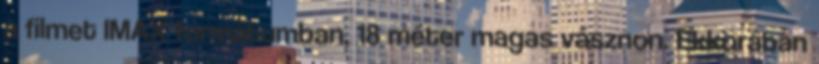
a filmet IMAX formátumban, 18 méter magas vásznon. Ekkorában